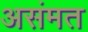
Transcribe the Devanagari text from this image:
असंमत